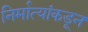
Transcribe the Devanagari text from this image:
निर्मात्यांकडून